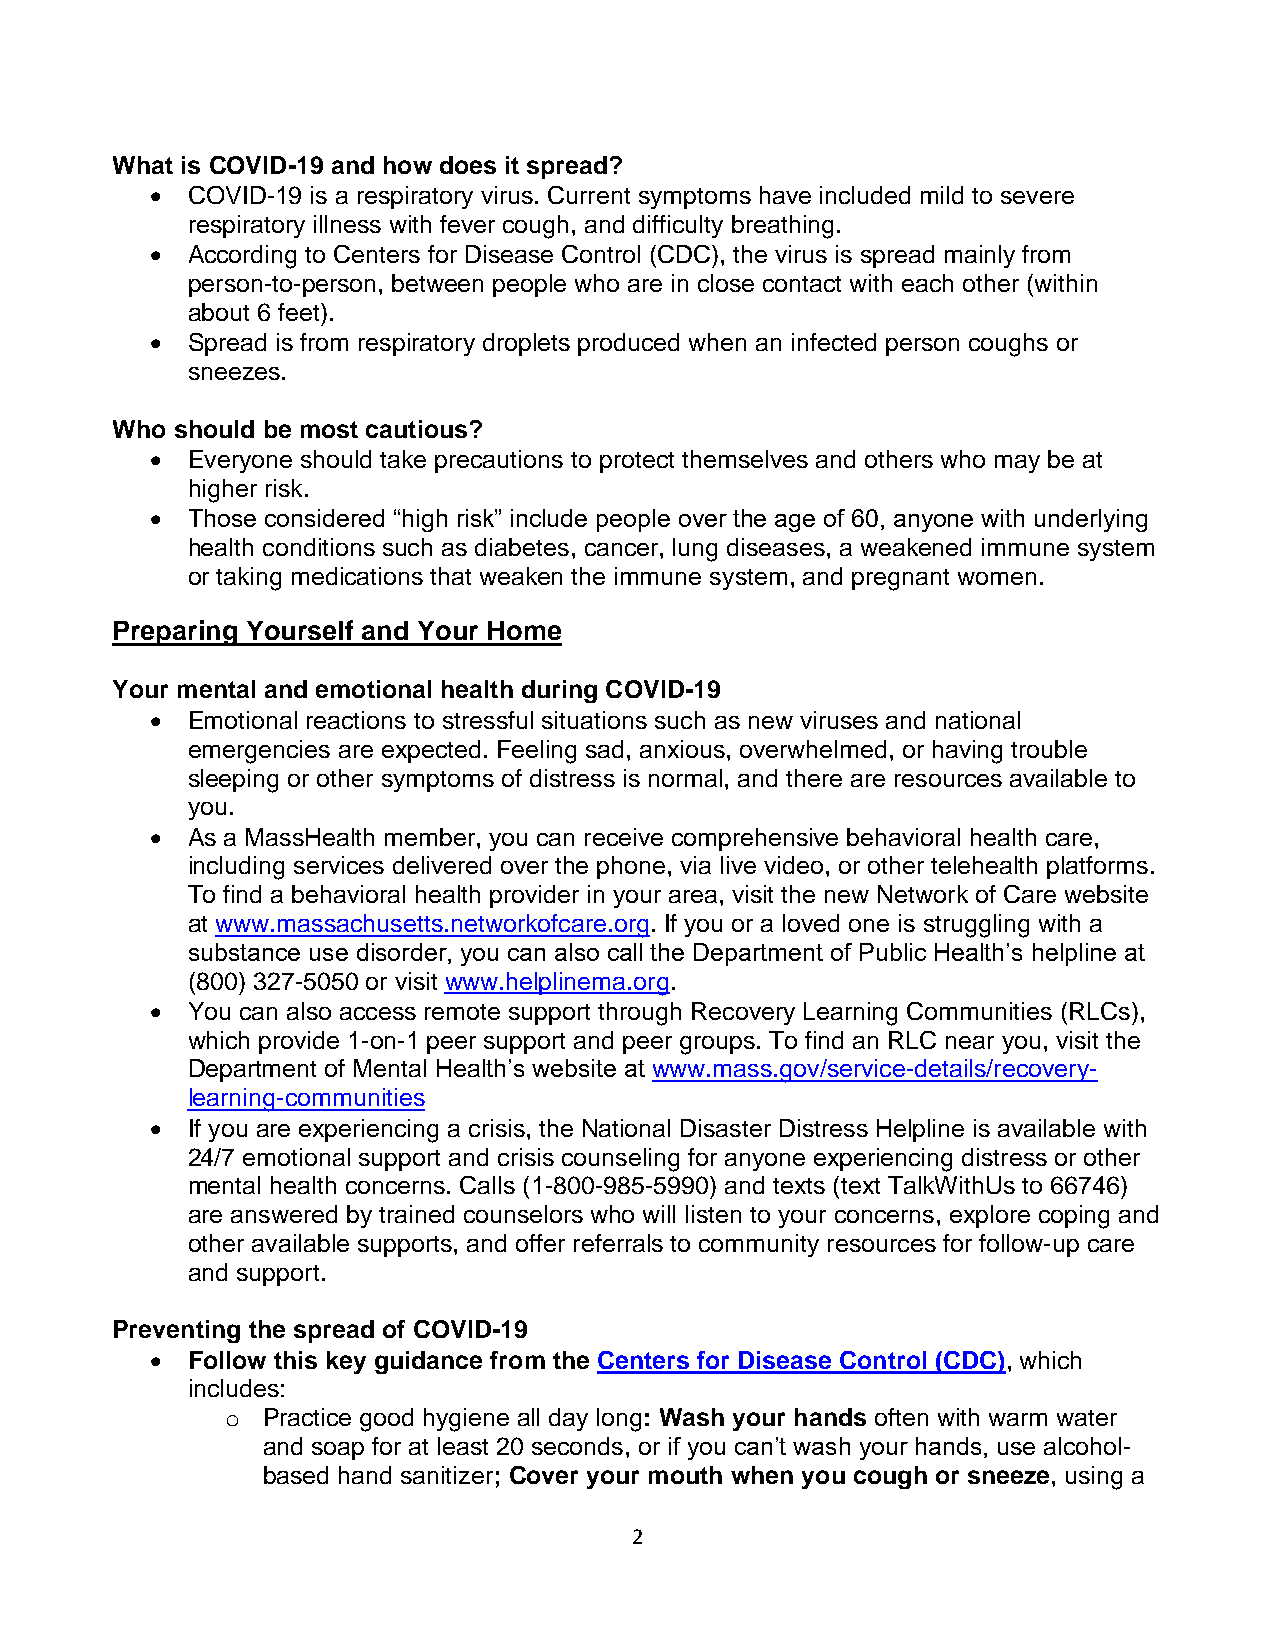
What is COVID-19 and how does it spread?
 • COVID-19 is a respiratory virus. Current symptoms have included mild to severe
 respiratory illness with fever cough, and difficulty breathing.
 • According to Centers for Disease Control (CDC), the virus is spread mainly from
 person-to-person, between people who are in close contact with each other (within
 about 6 feet).
 • Spread is from respiratory droplets produced when an infected person coughs or
 sneezes.
 Who should be most cautious?
 • Everyone should take precautions to protect themselves and others who may be at
 higher risk.
 • Those considered “high risk” include people over the age of 60, anyone with underlying
 health conditions such as diabetes, cancer, lung diseases, a weakened immune system
 or taking medications that weaken the immune system, and pregnant women.
 Preparing Yourself and Your Home
 Your mental and emotional health during COVID-19
 • Emotional reactions to stressful situations such as new viruses and national
 emergencies are expected. Feeling sad, anxious, overwhelmed, or having trouble
 sleeping or other symptoms of distress is normal, and there are resources available to
 you.
 • As a MassHealth member, you can receive comprehensive behavioral health care,
 including services delivered over the phone, via live video, or other telehealth platforms.
 To find a behavioral health provider in your area, visit the new Network of Care website
 at www.massachusetts.networkofcare.org. If you or a loved one is struggling with a
 substance use disorder, you can also call the Department of Public Health’s helpline at
 (800) 327-5050 or visit www.helplinema.org.
 • You can also access remote support through Recovery Learning Communities (RLCs),
 which provide 1-on-1 peer support and peer groups. To find an RLC near you, visit the
 Department of Mental Health’s website at www.mass.gov/service-details/recovery-
 learning-communities
 • If you are experiencing a crisis, the National Disaster Distress Helpline is available with
 24/7 emotional support and crisis counseling for anyone experiencing distress or other
 mental health concerns. Calls (1-800-985-5990) and texts (text TalkWithUs to 66746)
 are answered by trained counselors who will listen to your concerns, explore coping and
 other available supports, and offer referrals to community resources for follow-up care
 and support.
 Preventing the spread of COVID-19
 • Follow this key guidance from the Centers for Disease Control (CDC), which
 includes:
 o Practice good hygiene all day long: Wash your hands often with warm water
 and soap for at least 20 seconds, or if you can’t wash your hands, use alcohol-
 based hand sanitizer; Cover your mouth when you cough or sneeze, using a
 2